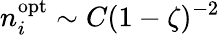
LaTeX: n_{i}^{\mathrm{opt}}\sim C(1-\zeta)^{-2}